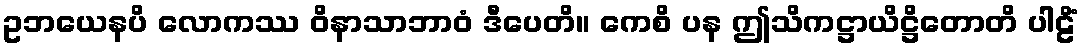
ဥဘယေနပိ လောကဿ ဝိနာသာဘာဝံ ဒီပေတိ။ ကေစိ ပန ဤသိကဋ္ဌာယိဋ္ဌိတောတိ ပါဠိံ